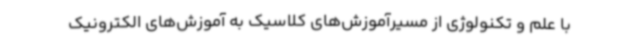
با علم و تکنولوژی از مسیرآموزش‌های کلاسیک به آموزش‌های الکترونیک